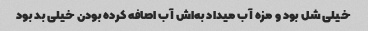
خیلی شل بود و مزه آب میداد به‌اش آب اصافه کرده بودن خیلی بد بود